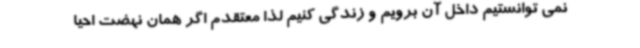
نمی توانستیم داخل آن برویم و زندگی کنیم لذا معتقدم اگر همان نهضت احیا